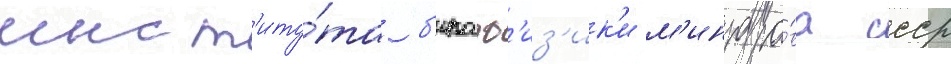
инст'иту́та б'иоф'из'ик'и м'инздра́ва ссср